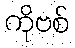
ကိုဗစ်